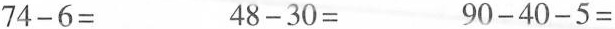
$$7 4 - 6 =$$ $$4 8 - 3 0 =$$ $$9 0 - 4 0 - 5 =$$